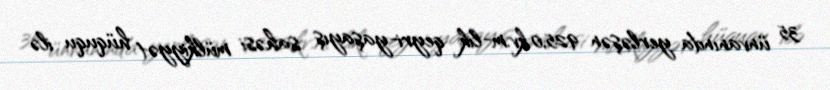
35 ünvanında yerləşən 925,0 kv.m-lik qeyri-yaşayış sahəsi mülkiyyət hüququ ilə